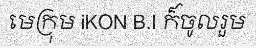
មេក្រុម iKON B.I ក៏ចូលរួម